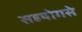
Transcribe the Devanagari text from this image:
सहयोगसे